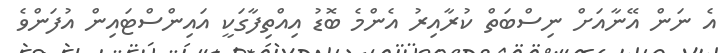
އެ ނަން އޭނާއަށް ނިސްބަތް ކުރާއިރު އެންމެ ބޮޑު އިއްތިފާގަކީ އައިންސްޓައިން އުފަންވެ